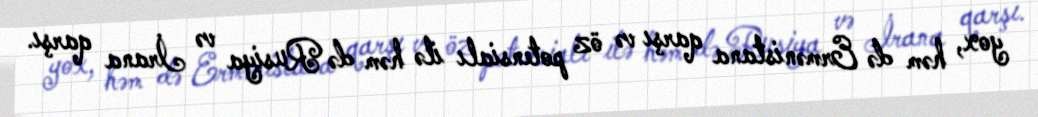
yox, həm də Ermənistana qarşı və öz potensialı ilə həm də Rusiya və İrana qarşı.